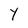
Character: Y